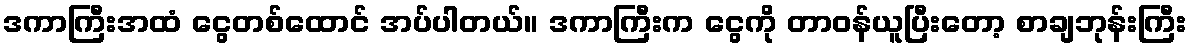
ဒကာကြီးအထံ ငွေတစ်ထောင် အပ်ပါတယ်။ ဒကာကြီးက ငွေကို တာဝန်ယူပြီးတော့ စာချဘုန်းကြီး